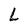
Character: L